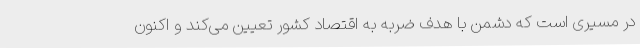
در مسیری است که دشمن با هدف ضربه به اقتصاد کشور تعیین می‌کند و اکنون